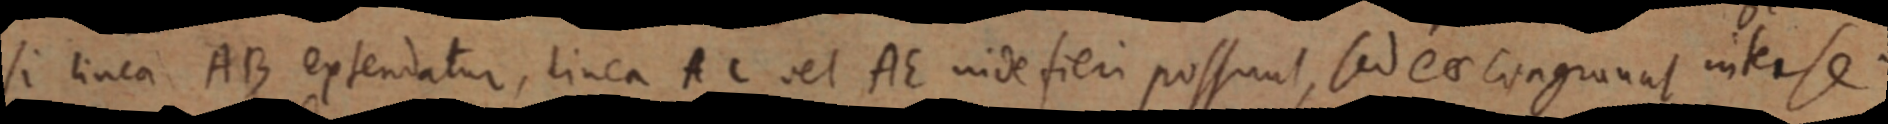
si linea AB extendatur, linea AC vel AE inde fieri possunt, sed eo congruunt interse.